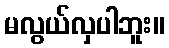
မလွယ်လှပါဘူး။